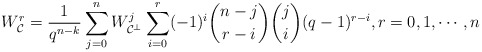
\begin{align*} W_{\mathcal{C}}^r = \frac{1}{q^{n-k}}\sum_{j=0}^n W_{\mathcal{C}^{\perp}}^j\sum_{i=0}^r(-1)^i\binom{n-j}{r-i}\binom{j}{i}(q-1)^{r-i}, r = 0,1,\cdots,n\end{align*}